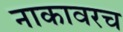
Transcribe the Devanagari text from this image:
नाकावरच